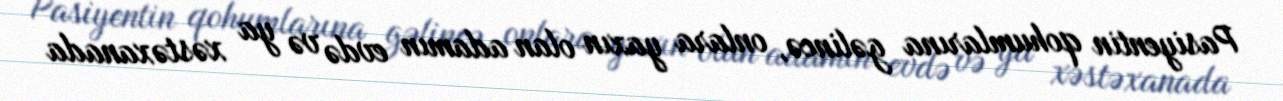
Pasiyentin qohumlarına gəlincə, onlara yaxın olan adamın evdə və ya xəstəxanada